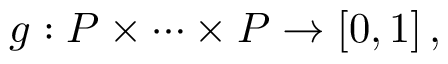
g : { \cal P } \times \cdots \times { \cal P } \rightarrow [ 0 , 1 ] \, ,